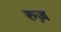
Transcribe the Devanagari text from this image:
रुज़